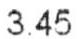
3.45